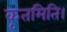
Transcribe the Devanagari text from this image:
कृतमिति।